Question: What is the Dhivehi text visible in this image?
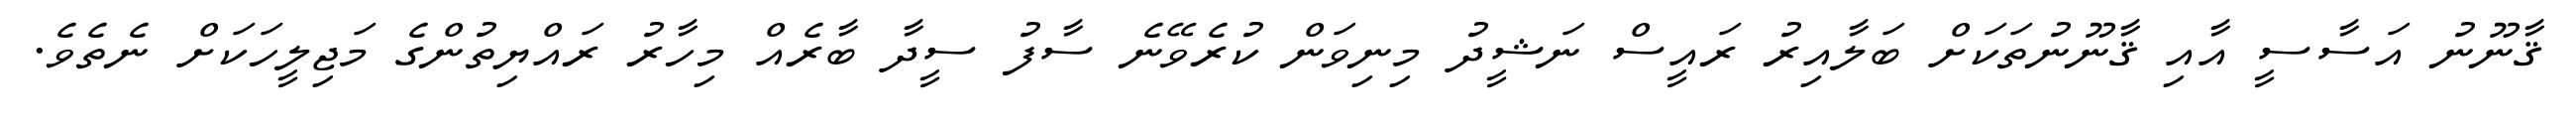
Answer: ޤާނޫނު އަސާސީ އާއި ޤާނޫނުތަކަށް ބަލާއިރު ރައީސް ނަޝީދު މިނިވަން ކުރެވޭނެ ސާފު ސީދާ ބާރެއް މިހާރު ރައްޔިތުންގެ މަޖިލީހަކަށް ނެތެވެ.